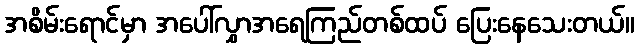
အစိမ်းရောင်မှာ အပေါ်လွှာအရေကြည်တစ်ထပ် ပြေးနေသေးတယ်။